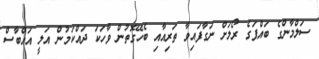
ސަލްމާންގެ ބައްޕަގެ ރޯލަށް ނަގާފައިވާ ތަރިއާއި ބެހޭގޮތުން ވާހަކަ ދައްކަމުން އަލީ އައްބާސް